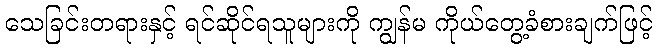
သေခြင်းတရားနှင့် ရင်ဆိုင်ရသူများကို ကျွန်မ ကိုယ်တွေ့ခံစားချက်ဖြင့်